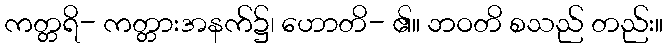
ကတ္တရိ- ကတ္တားအနက်၌၊ ဟောတိ- ၏။ ဘဝတိ စသည် တည်း။